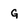
Character: g